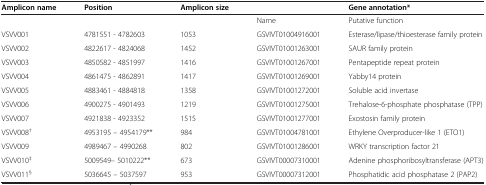
<table><thead><tr><td><b>Amplicon name</b></td><td><b>Position</b></td><td><b>Amplicon size</b></td><td></td><td><b>Gene annotation*</b></td></tr></thead><tbody><tr><td></td><td></td><td></td><td>Name</td><td>Putative function</td></tr><tr><td>VSVV001</td><td>4781551 - 4782603</td><td>1053</td><td>GSVIVT01004916001</td><td>Esterase/lipase/thioesterase family protein</td></tr><tr><td>VSVV002</td><td>4822617 - 4824068</td><td>1452</td><td>GSVIVT01001263001</td><td>SAUR family protein</td></tr><tr><td>VSVV003</td><td>4850582 - 4851997</td><td>1416</td><td>GSVIVT01001267001</td><td>Pentapeptide repeat protein</td></tr><tr><td>VSVV004</td><td>4861475 - 4862891</td><td>1417</td><td>GSVIVT01001269001</td><td>Yabby14 protein</td></tr><tr><td>VSVV005</td><td>4883461 - 4884818</td><td>1358</td><td>GSVIVT01001272001</td><td>Soluble acid invertase</td></tr><tr><td>VSVV006</td><td>4900275 - 4901493</td><td>1219</td><td>GSVIVT01001275001</td><td>Trehalose-6-phosphate phosphatase (TPP)</td></tr><tr><td>VSVV007</td><td>4921838 - 4923352</td><td>1515</td><td>GSVIVT01001277001</td><td>Exostosin family protein</td></tr><tr><td>VSVV008<sup>†</sup></td><td>4953195 – 4954179**</td><td>984</td><td>GSVIVT01004781001</td><td>Ethylene Overproducer-like 1 (ETO1)</td></tr><tr><td>VSVV009</td><td>4989467 – 4990268</td><td>802</td><td>GSVIVT01001286001</td><td>WRKY transcription factor 21</td></tr><tr><td>VSVV010<sup>‡</sup></td><td>5009549– 5010222**</td><td>673</td><td>GSVIVT00007310001</td><td>Adenine phosphoribosyltransferase (APT3)</td></tr><tr><td>VSVV011<sup>§</sup></td><td>5036645 – 5037597</td><td>953</td><td>GSVIVT00007312001</td><td>Phosphatidic acid phosphatase 2 (PAP2)</td></tr></tbody></table>